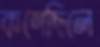
কশেছিলে